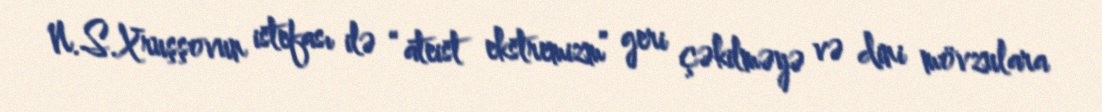
N.S.Xruşşovun istefası ilə “ateist ekstremizm” geri çəkilməyə və dini mövzulara